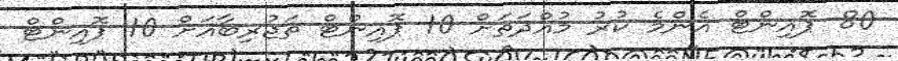
80 ޕޮއިންޓް އެންމެ ކުރު މުއްދަތަށް 10 ޕޮއިންޓް ތަޖުރިބާއަށް 10 ޕޮއިންޓް